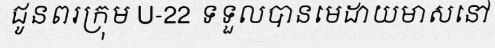
ជូនពរក្រុម U-22 ទទួលបានមេដាយមាសនៅ